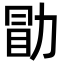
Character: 勖